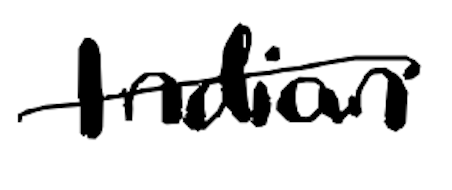
Text: Indian
Cross-out: single-line
Writing tool: digital_black